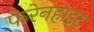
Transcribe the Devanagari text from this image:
फेरेनहाइट